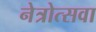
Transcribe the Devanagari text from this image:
नेत्रोत्सवा